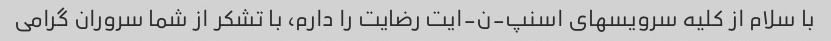
با سلام از کلیه سرویسهای اسنپ-ن-ایت رضایت را دارم، با تشکر از شما سروران گرامی